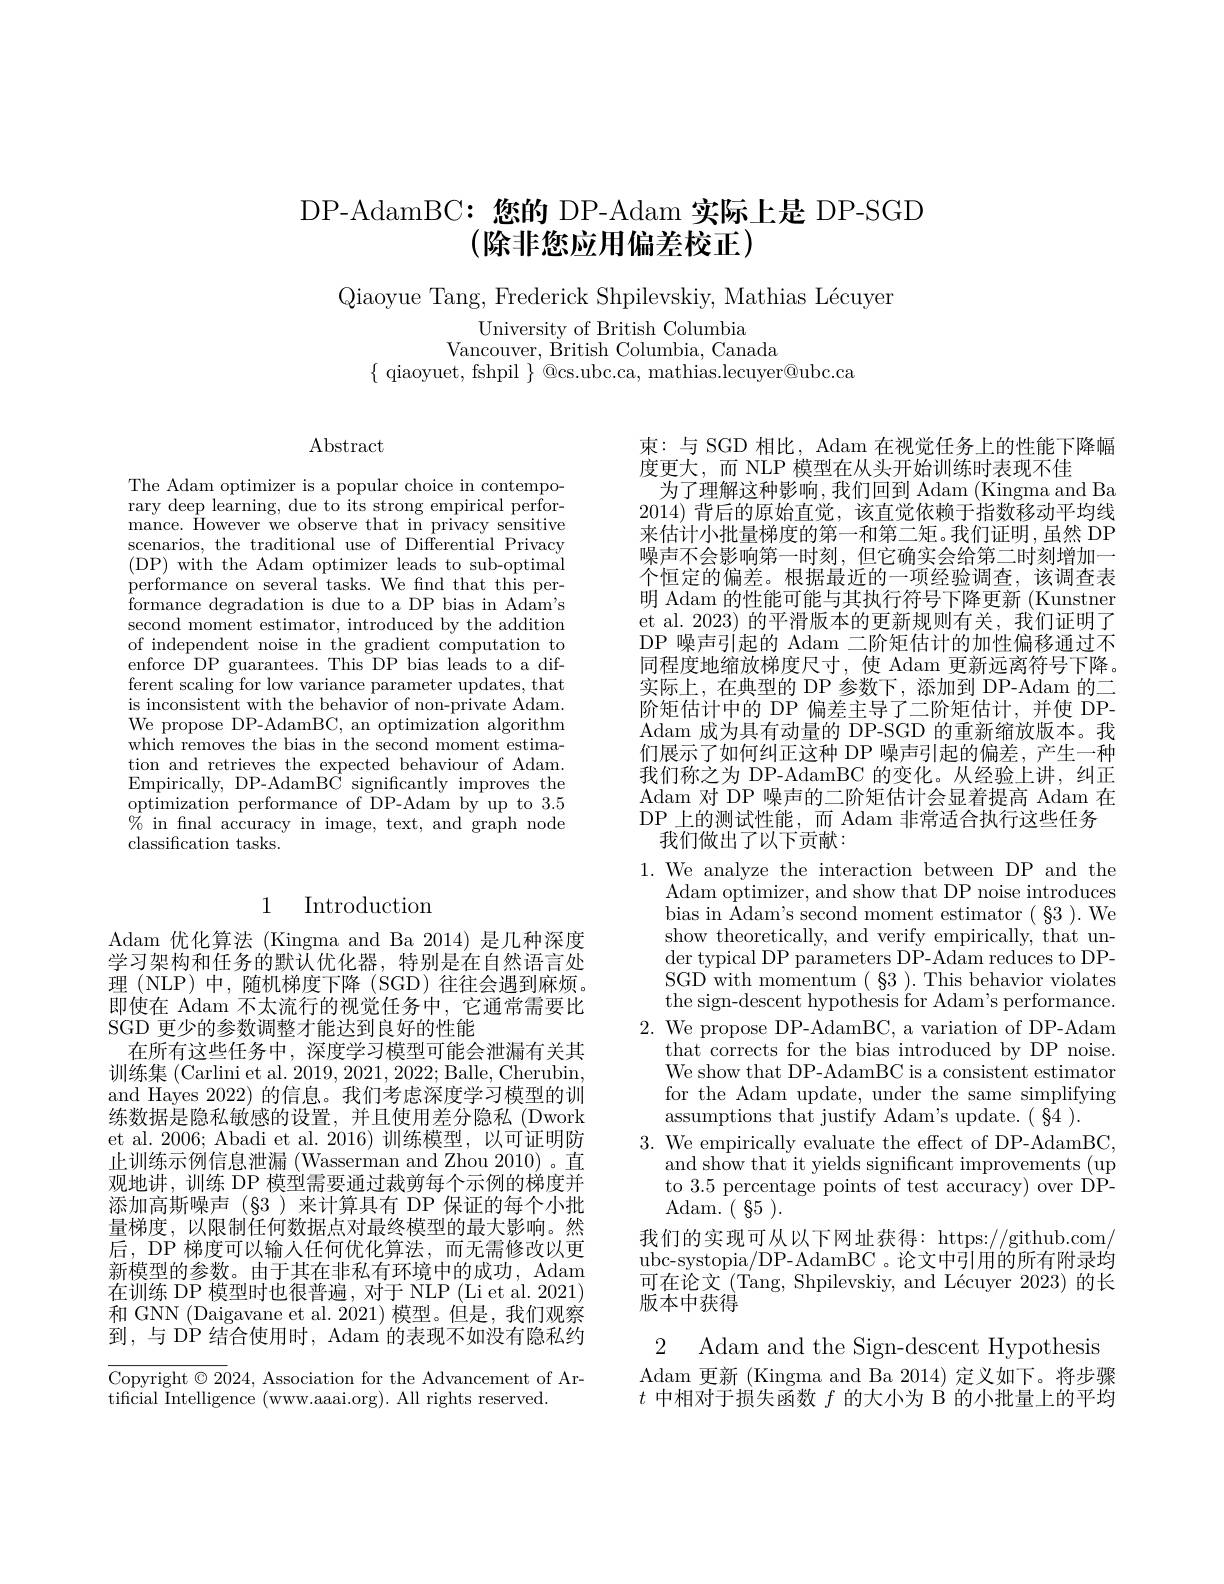
# DP-AdamBC: 您的 DP-Adam 实际上是 DP-SGD (除非您应用偏差校正)

Qiaoyue Tang, Frederick Shpilevskiy, Mathias Lécuyer

University of British Columbia
Vancouver, British Columbia, Canada
$\{$ qiaoyuet, fshpil $\}$ @cs.ubc.ca, mathias.lecuyer@ubc.ca

$\operatorname{Abstract}$

The Adam optimizer is a popular choice in contemporary deep learning, due to its strong empirical performance. However we observe that in privacy sensitive scenarios, the traditional use of Differential Privacy (DP) with the Adam optimizer leads to sub-optimal performance on several tasks. We fnd that this per- $\bar{\text{formance degradation is due to a DP bias in Adam's}}$ second moment estimator, introduced by the addition of independent noise in the gradient computation to enforce DP guarantees. This DP bias leads to a different scaling for low variance parameter updates, that is inconsistent with the behavior of non-private Adam. We propose DP-AdamBC, an optimization algorithm which removes the bias in the second moment estimation and retrieves the expected behaviour of Adam. Empirically, DP-AdamBC significantly improves the $\operatorname*{optimization}$performance of DP-Adam by up to 3.5 $\%$ in fnal accuracy in image, text, and graph node classification tasks.

## 1 Introduction

Adam 优化算法 (Kingma and Ba 2014) 是几种深度学习架构和任务的默认优化器，特别是在自然语言处理 (NLP) 中，随机梯度下降 (SGD) 往往会遇到麻烦。即使在 Adam 不太流行的视觉任务中，它通常需要比SGD 更少的参数调整才能达到良好的性能
在所有这些任务中，深度学习模型可能会泄漏有关其训练集(Carlini et al. 2019,2021,2022; Balle, Cherubin, and Hayes 2022) 的信息。我们考虑深度学习模型的训练数据是隐私敏感的设置，并且使用差分隐私(Dwork et al. 2006; Abadi et al. 2016) 训练模型，以可证明防止训练示例信息泄漏 (Wasserman and Zhou 2010) 。直观地讲，训练 DP 模型需要通过裁剪每个示例的梯度并添加高斯噪声(§3)来计算具有 DP 保证的每个小批量梯度，以限制任何数据点对最终模型的最大影响。然后，DP 梯度可以输入任何优化算法，而无需修改以更新模型的参数。由于其在非私有环境中的成功，Adam 在训练 DP 模型时也很普遍，对于 NLP (Li et al. 2021) 和 GNN (Daigavane et al. 2021) 模型。但是，我们观察到，与 DP 结合使用时，Adam 的表现不如没有隐私约

Copyright $\odot2024$, Association for the Advancement of Ar-
tificial Intelligence (www.aaai.org). All rights reserved.

束：与 SGD 相比，Adam 在视觉任务上的性能下降幅
度更大，而 NLP 模型在从头开始训练时表现不佳
为了理解这种影响，我们回到 Adam (Kingma and Ba 2014)背后的原始直觉，该直觉依赖于指数移动平均线来估计小批量梯度的第一和第二矩。我们证明，虽然 DP 噪声不会影响第一时刻，但它确实会给第二时刻增加一个恒定的偏差。根据最近的一项经验调查，该调查表明 Adam 的性能可能与其执行符号下降更新 (Kunstner et al. 2023) 的平滑版本的更新规则有关，我们证明了DP 噪声引起的 Adam 二阶矩估计的加性偏移通过不同程度地缩放梯度尺寸，使 Adam 更新远离符号下降。实际上，在典型的 DP 参数下，添加到 DP-Adam 的二阶矩估计中的 DP 偏差主导了二阶矩估计，并使 DPAdam 成为具有动量的 DP-SGD 的重新缩放版本。我们展示了如何纠正这种 DP 噪声引起的偏差，产生一种我们称之为 DP-AdamBC 的变化。从经验上讲，纠正Adam 对 DP 噪声的二阶矩估计会显着提高 Adam 在DP 上的测试性能，而 Adam 非常适合执行这些任务
我们做出了以下贡献：

1. We analyze the interaction between DP and the
Adam optimizer, and show that DP noise introduces bias in Adam's second moment estimator ( §3 ). We show theoretically, and verify empirically, that under typical DP parameters DP-Adam reduces to DPSGD with momentum $(\S3).$ This behavior violates the sign-descent hypothesis for Adam's performance.
2. We propose DP-AdamBC, a variation of DP-Adam
that corrects for the bias introduced by DP noise. We show that DP-AdamBC is a consistent estimator for the Adam update, under the same simplifying assumptions that justify Adam's update. ( §4 ).
3. We empirically evaluate the effect of DP-AdamBC
and show that it yields significant improvements (up to 3.5 percentage points of test accuracy) over DP- ${\mathrm{Adam. ~}}($ ${\mathrm{~\$ 5~}}) .$
我们的实现可从以下网址获得：https://github.com/ ubc-systopia/DP-AdamBC 。论文中引用的所有附录均可在论文 (Tang, Shpilevskiy, and Lécuyer 2023) 的长版本中获得

2 Adam and the Sign-descent Hypothesis Adam 更新 (Kingma and Ba 2014) 定义如下。将步骤$t$中相对于损失函数$f$的大小为 B 的小批量上的平均